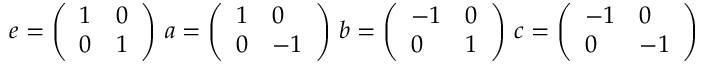
e = { \left( \begin{array} { l l } { 1 } & { 0 } \\ { 0 } & { 1 } \end{array} \right) } \, \, a = { \left( \begin{array} { l l } { 1 } & { 0 } \\ { 0 } & { - 1 } \end{array} \right) } \, \, b = { \left( \begin{array} { l l } { - 1 } & { 0 } \\ { 0 } & { 1 } \end{array} \right) } \, \, c = { \left( \begin{array} { l l } { - 1 } & { 0 } \\ { 0 } & { - 1 } \end{array} \right) }